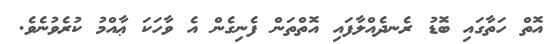
އޮތް ހަތާގައި ބޮޑު ރެނދެއްލާފައި އޮތްތަން ފެނިގެން އެ ވާހަކަ ޢާއްމު ކުރެވުނެވެ.